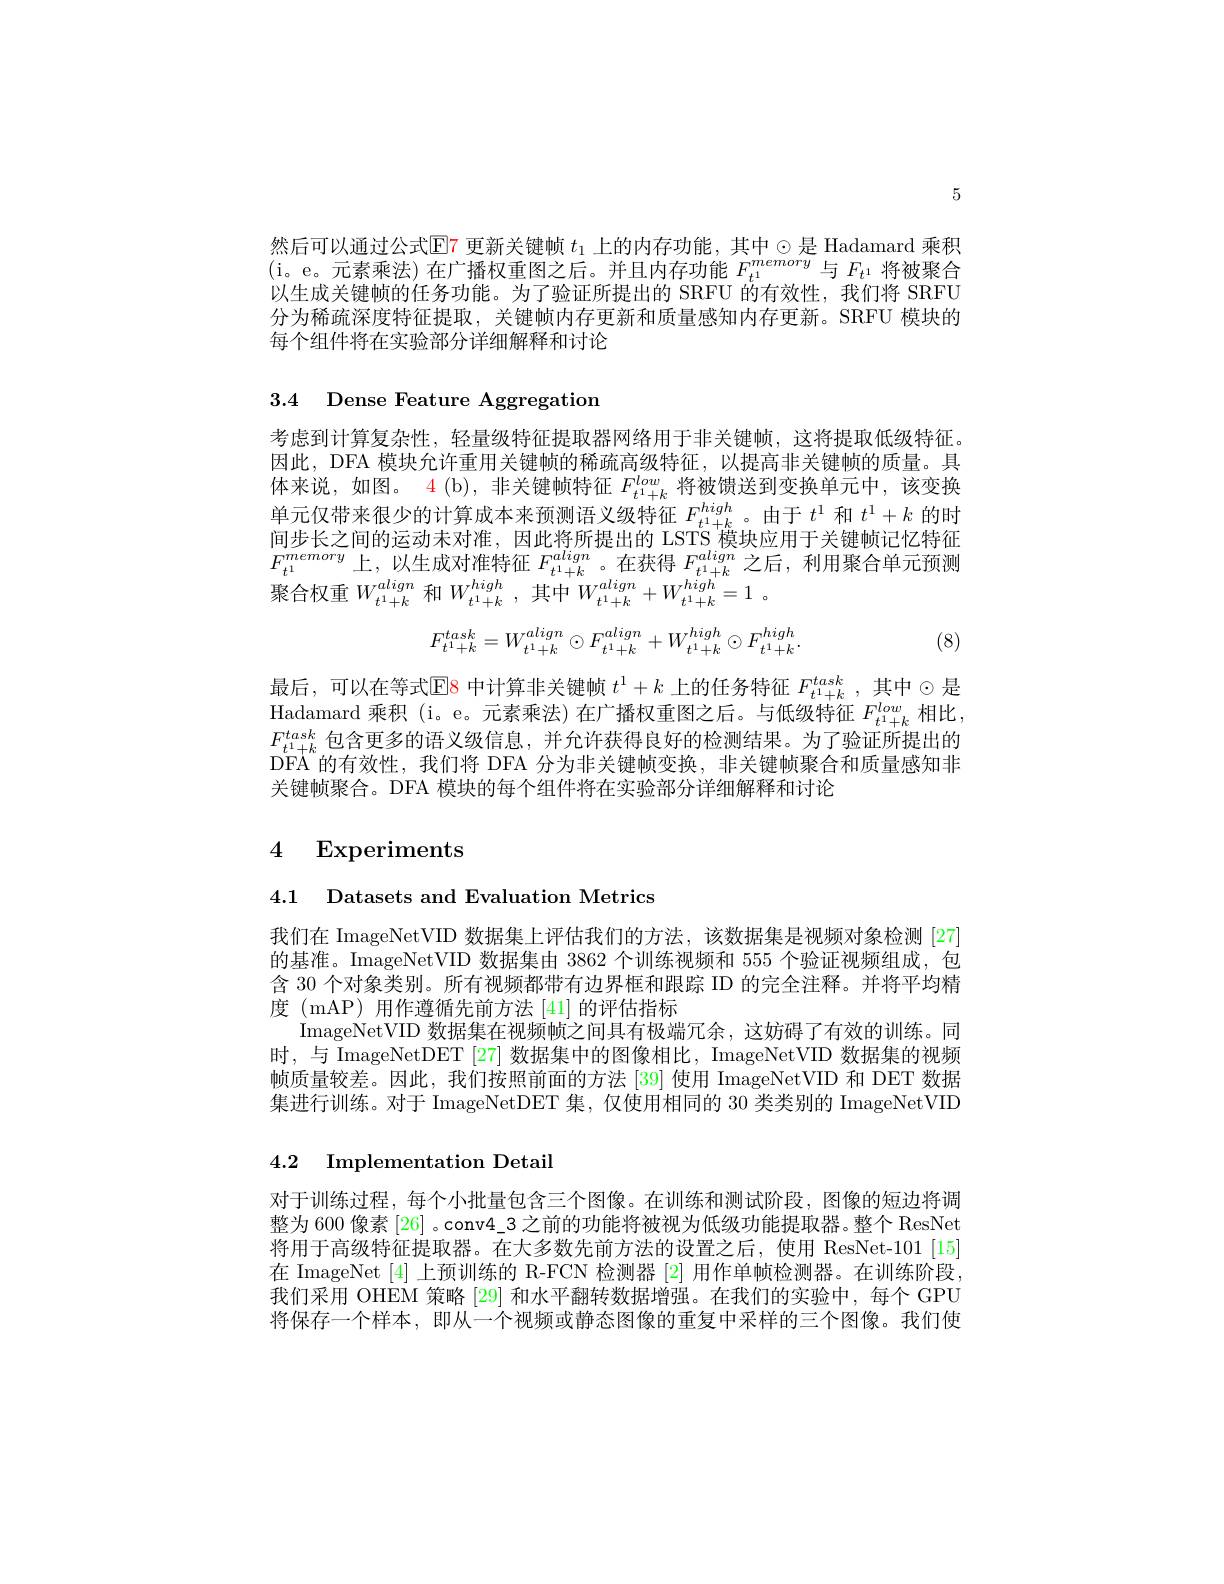
5

然后可以通过公式$\operatorname{E}$7 更新关键帧 $t_1$ 上的内存功能，其中$\odot$是 Hadamard 乘积(i。e。元素乘法)在广播权重图之后。并且内存功能$F_t^{1}^{memory}$与$F_{t^1}$将被聚合以生成关键帧的任务功能。为了验证所提出的 SRFU 的有效性，我们将 SRFU 分为稀疏深度特征提取，关键帧内存更新和质量感知内存更新。SRFU 模块的每个组件将在实验部分详细解释和讨论

3.4 Dense Feature Aggregation

考虑到计算复杂性，轻量级特征提取器网络用于非关键帧，这将提取低级特征。因此，DFA 模块允许重用关键帧的稀疏高级特征，以提高非关键帧的质量。具体来说，如图。4(b),非关键帧特征$F_t^{1}+k^{low}$将被馈送到变换单元中，该变换单元仅带来很少的计算成本来预测语义级特征$F_{t^1+k}^{high}$。由于$t^1$和$t^1+k$的时间步长之间的运动未对准，因此将所提出的 LSTS 模块应用于关键帧记忆特征$F_{t^1}^{memory}$上，以生成对准特征$F_t^1+k^{align}$。在获得$F_t^1+k^{align}$之后，利用聚合单元预测聚合权重$W_{t^{1}+k}^{align}$和$W_{t^{1}+k}^{high}$,其中$W_t^{1}+k^{align}+W_{t^{1}+k}^{high}=1.$
$$F_{t^1+k}^{task}=W_{t^1+k}^{align}\odot F_{t^1+k}^{align}+W_{t^1+k}^{high}\odot F_{t^1+k}^{high}.$$
(8)

最后，可以在等式$\operatorname{E}$8 中计算非关键帧 $t^1+k$ 上的任务特征 $F_t^{1}+k^{task}$ ,其中$\odot$是Hadamard 乘积 (i。e。元素乘法)在广播权重图之后。与低级特征$F_{t^1+k}^{low}$相比 , $F_{t^{1}+k}^{task}$包含更多的语义级信息，并允许获得良好的检测结果。为了验证所提出的DFA 的有效性，我们将 DFA 分为非关键帧变换，非关键帧聚合和质量感知非关键帧聚合。DFA 模块的每个组件将在实验部分详细解释和讨论

# 4 Experiments

4.1 Datasets and Evaluation Metrics

我们在 ImageNetVID 数据集上评估我们的方法，该数据集是视频对象检测[27] 的基准。ImageNetVID 数据集由 3862 个训练视频和 555 个验证视频组成，包含 30 个对象类别。所有视频都带有边界框和跟踪 ID 的完全注释。并将平均精度 (mAP) 用作遵循先前方法 [41] 的评估指标
ImageNetVID 数据集在视频帧之间具有极端冗余，这妨碍了有效的训练。同时，与 ImageNetDET [27] 数据集中的图像相比，ImageNetVID 数据集的视频帧质量较差。因此，我们按照前面的方法 [39] 使用 ImageNetVID 和 DET 数据集进行训练。对于 ImageNetDET 集，仅使用相同的 30 类类别的 ImageNetVID

## 4.2 Implementation Detail

对于训练过程，每个小批量包含三个图像。在训练和测试阶段，图像的短边将调整为 600 像素 [26] 。conv4\_3 之前的功能将被视为低级功能提取器。整个 ResNet 将用于高级特征提取器。在大多数先前方法的设置之后，使用 ResNet-101 [15] 在 ImageNet [4]上预训练的 R-FCN 检测器 [2] 用作单帧检测器。在训练阶段， 我们采用 OHEM 策略 [29] 和水平翻转数据增强。在我们的实验中，每个 GPU 将保存一个样本，即从一个视频或静态图像的重复中采样的三个图像。我们使